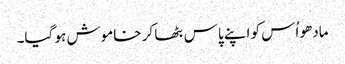
مادھو اُس کو اپنے پاس بٹھا کر خاموش ہو گیا۔